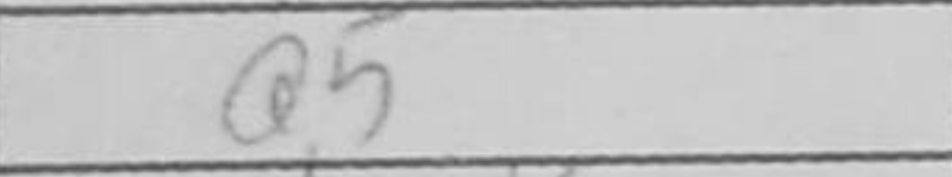
Transcription: Q5